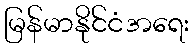
မြန်မာနိုင်ငံအရေး